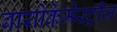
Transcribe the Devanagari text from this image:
बायोकेमेस्ट्रीज